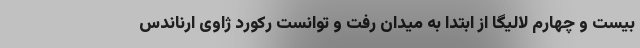
بیست و چهارم لالیگا از ابتدا به میدان رفت و توانست رکورد ژاوی ارناندس